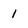
Character: 1